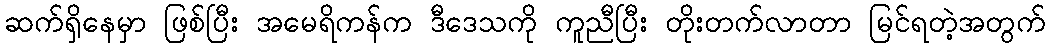
ဆက်ရှိနေမှာ ဖြစ်ပြီး အမေရိကန်က ဒီဒေသကို ကူညီပြီး တိုးတက်လာတာ မြင်ရတဲ့အတွက်